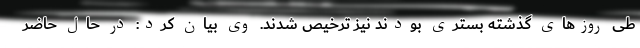
طی روزهای گذشته بستری بودند نیز ترخیص شدند. وی بیان کرد: در حال حاضر